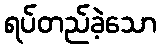
ရပ်တည်ခဲ့သော